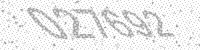
Solution: 027692